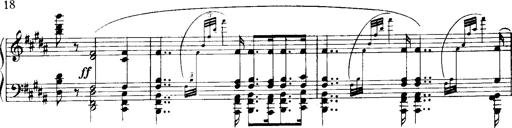
Title: Historische ungarische Bildnisse
Composer: Franz Liszt